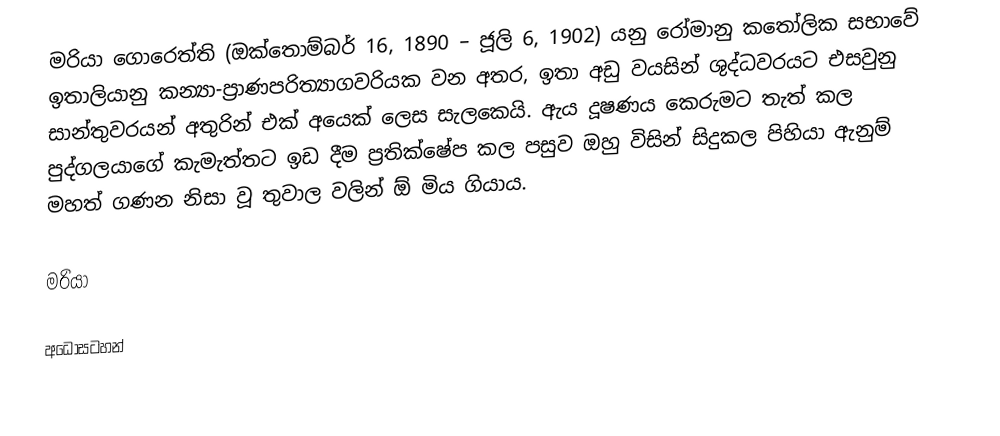
මරියා ගොරෙත්ති (ඔක්තොම්බර් 16, 1890 – ජූලි 6, 1902) යනු රෝමානු කතෝලික සභාවේ  ඉතාලියානු කන්‍යා-ප්‍රාණපරිත්‍යාගවරියක වන අතර, ඉතා අඩු වයසින් ශුද්ධවරයට එසවුනු සාන්තුවරයන් අතුරින් එක් අයෙක් ලෙස සැලකෙයි. ඇය දූෂණය කෙරුමට තැත් කල පුද්ගලයාගේ කැමැත්තට ඉඩ දීම ප්‍රතික්ෂේප කල පසුව ඔහු  විසින් සිදුකල පිහියා ඇනුම් මහත් ගණන නිසා වූ තුවාල වලින් ඕ මිය ගියාය.

මරියා

අධෝසටහන්